Annual report of the Imperial Bacteriological Laboratory, Muktesar
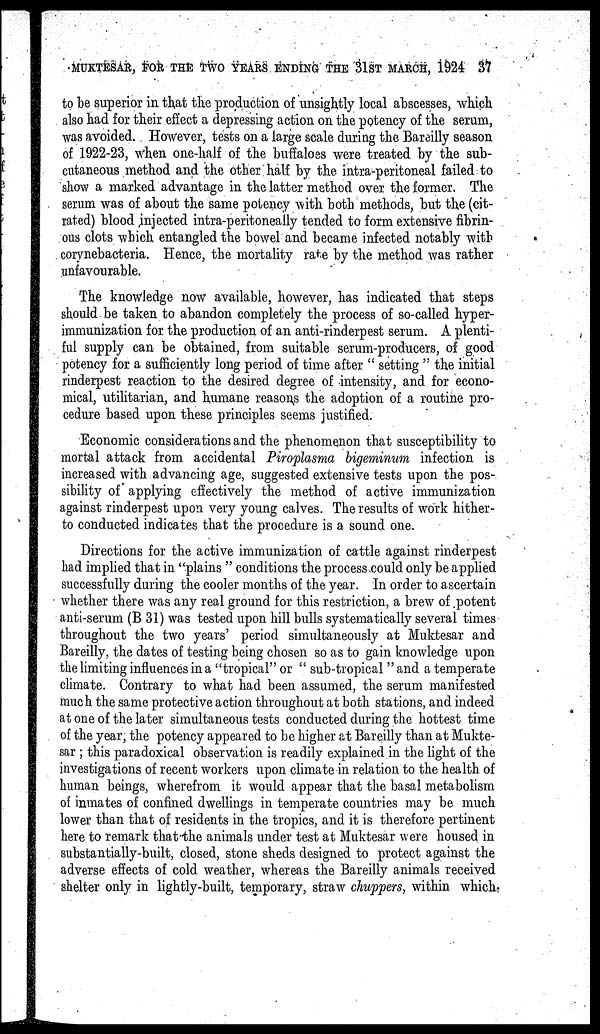
MUKTESAR, FOR THE TWO YEARS ENDING THE 31ST MARCH, 1924 37
to be superior in that the production of unsightly local abscesses, which
also had for their effect a depressing action on the potency of the serum,
was avoided. However, tests on a large scale during the Bareilly season
of 1922-23, when one-half of the buffaloes were treated by the sub-
cutaneous method and the other half by the intra-peritoneal failed to
show a marked advantage in the latter method over the former. The
serum was of about the same potency with both methods, but the (cit-
rated) blood injected intra-peritoneally tended to form extensive fibrin-
ous clots which entangled the bowel and became infected notably with
corynebacteria. Hence, the mortality rate by the method was rather
unfavourable.
The knowledge now available, however, has indicated that steps
should be taken to abandon completely the process of so-called hyper-
immunization for the production of an anti-rinderpest serum. A plenti-
ful supply can be obtained, from suitable serum-producers, of good
potency for a sufficiently long period of time after " setting " the initial
rinderpest reaction to the desired degree of intensity, and for econo-
mical, utilitarian, and humane reasons the adoption of a routine pro-
cedure based upon these principles seems justified.
Economic considerations and the phenomenon that susceptibility to
mortal attack from accidental Piroplasma bigeminum infection is
increased with advancing age, suggested extensive tests upon the pos-
sibility of applying effectively the method of active immunization
against rinderpest upon very young calves. The results of work hither-
to conducted indicates that the procedure is a sound one.
Directions for the active immunization of cattle against rinderpest
had implied that in "plains " conditions the process could only be applied
successfully during the cooler months of the year. In order to ascertain
whether there was any real ground for this restriction, a brew of potent
anti-serum (B 31) was tested upon hill bulls systematically several times
throughout the two years' period simultaneously at Muktesar and
Bareilly.. the dates of testing being chosen so as to gain knowledge upon
the limiting influences in a "tropical" or " sub-tropical "and a temperate
climate. Contrary to what had been assumed, the serum manifested
much the same protective action throughout at both stations, and indeed
at one of the later simultaneous tests conducted during the hottest time
of the year, the potency appeared to be higher at Bareilly than at Mukte-
sar ; this paradoxical observation is readily explained in the light of the
investigations of recent workers upon climate in relation to the health of
human beings, wherefrom it would appear that the basal metabolism
of inmates of confined dwellings in temperate countries may be much
lower than that of residents in the tropics, and it is therefore pertinent
here to remark that the animals under test at Muktesar were housed in
substantially-built, closed, stone sheds designed to protect against the
adverse effects of cold weather, whereas the Bareilly animals received
shelter only in lightly-built, temporary, straw chuppers, within which